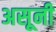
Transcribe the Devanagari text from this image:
असूनी